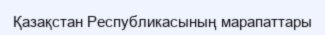
Қазақстан Республикасының марапаттары